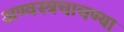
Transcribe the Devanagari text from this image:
अण्वस्त्रचाचण्या